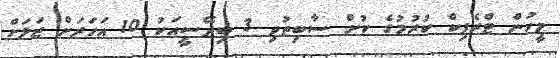
މީހުން ޓްރެފިކް ކުރުމުގެ ކުށް ސާބިތުވި 3 ބިދޭސީއަކު 10 އަހަރަށް ޖަލަށް